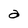
Character: a